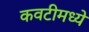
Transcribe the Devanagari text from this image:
कवटीमध्ये